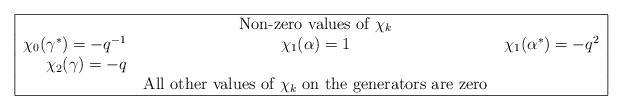
LaTeX: \begin{align*}\begin{tabular}{|r c l|} \hline& Non-zero values of $\chi_{k}$ & \\ $\chi_{0}(\gamma^{*})=-q^{-1}$ & $\chi_{1}(\alpha)=1 $ & $\chi_{1}(\alpha^{*})=-q^{2}$\\ $\chi_{2}(\gamma)=-q $ & & \\ & All other values of $\chi_{k}$ on the generators are zero & \\ \hline\end{tabular}\end{align*}